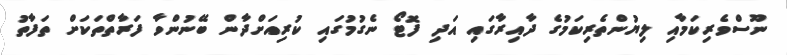
ނޫސްވެރިކަމާއި ލިޔުންތެރިކަމުގެ ދާއިރާގައި އަދި ފޮޓޯ ނެގުމުގައި ކުރިއަށްދާން ބޭނުންވާ ފަރާތްތަކަށް ތަފާތު